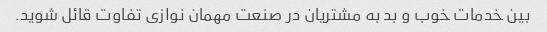
بین خدمات خوب و بد به مشتریان در صنعت مهمان نوازی تفاوت قائل شوید.